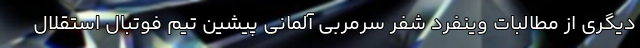
دیگری از مطالبات وینفرد شفر سرمربی آلمانی پیشین تیم فوتبال استقلال